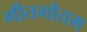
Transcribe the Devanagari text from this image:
गीतगौतम